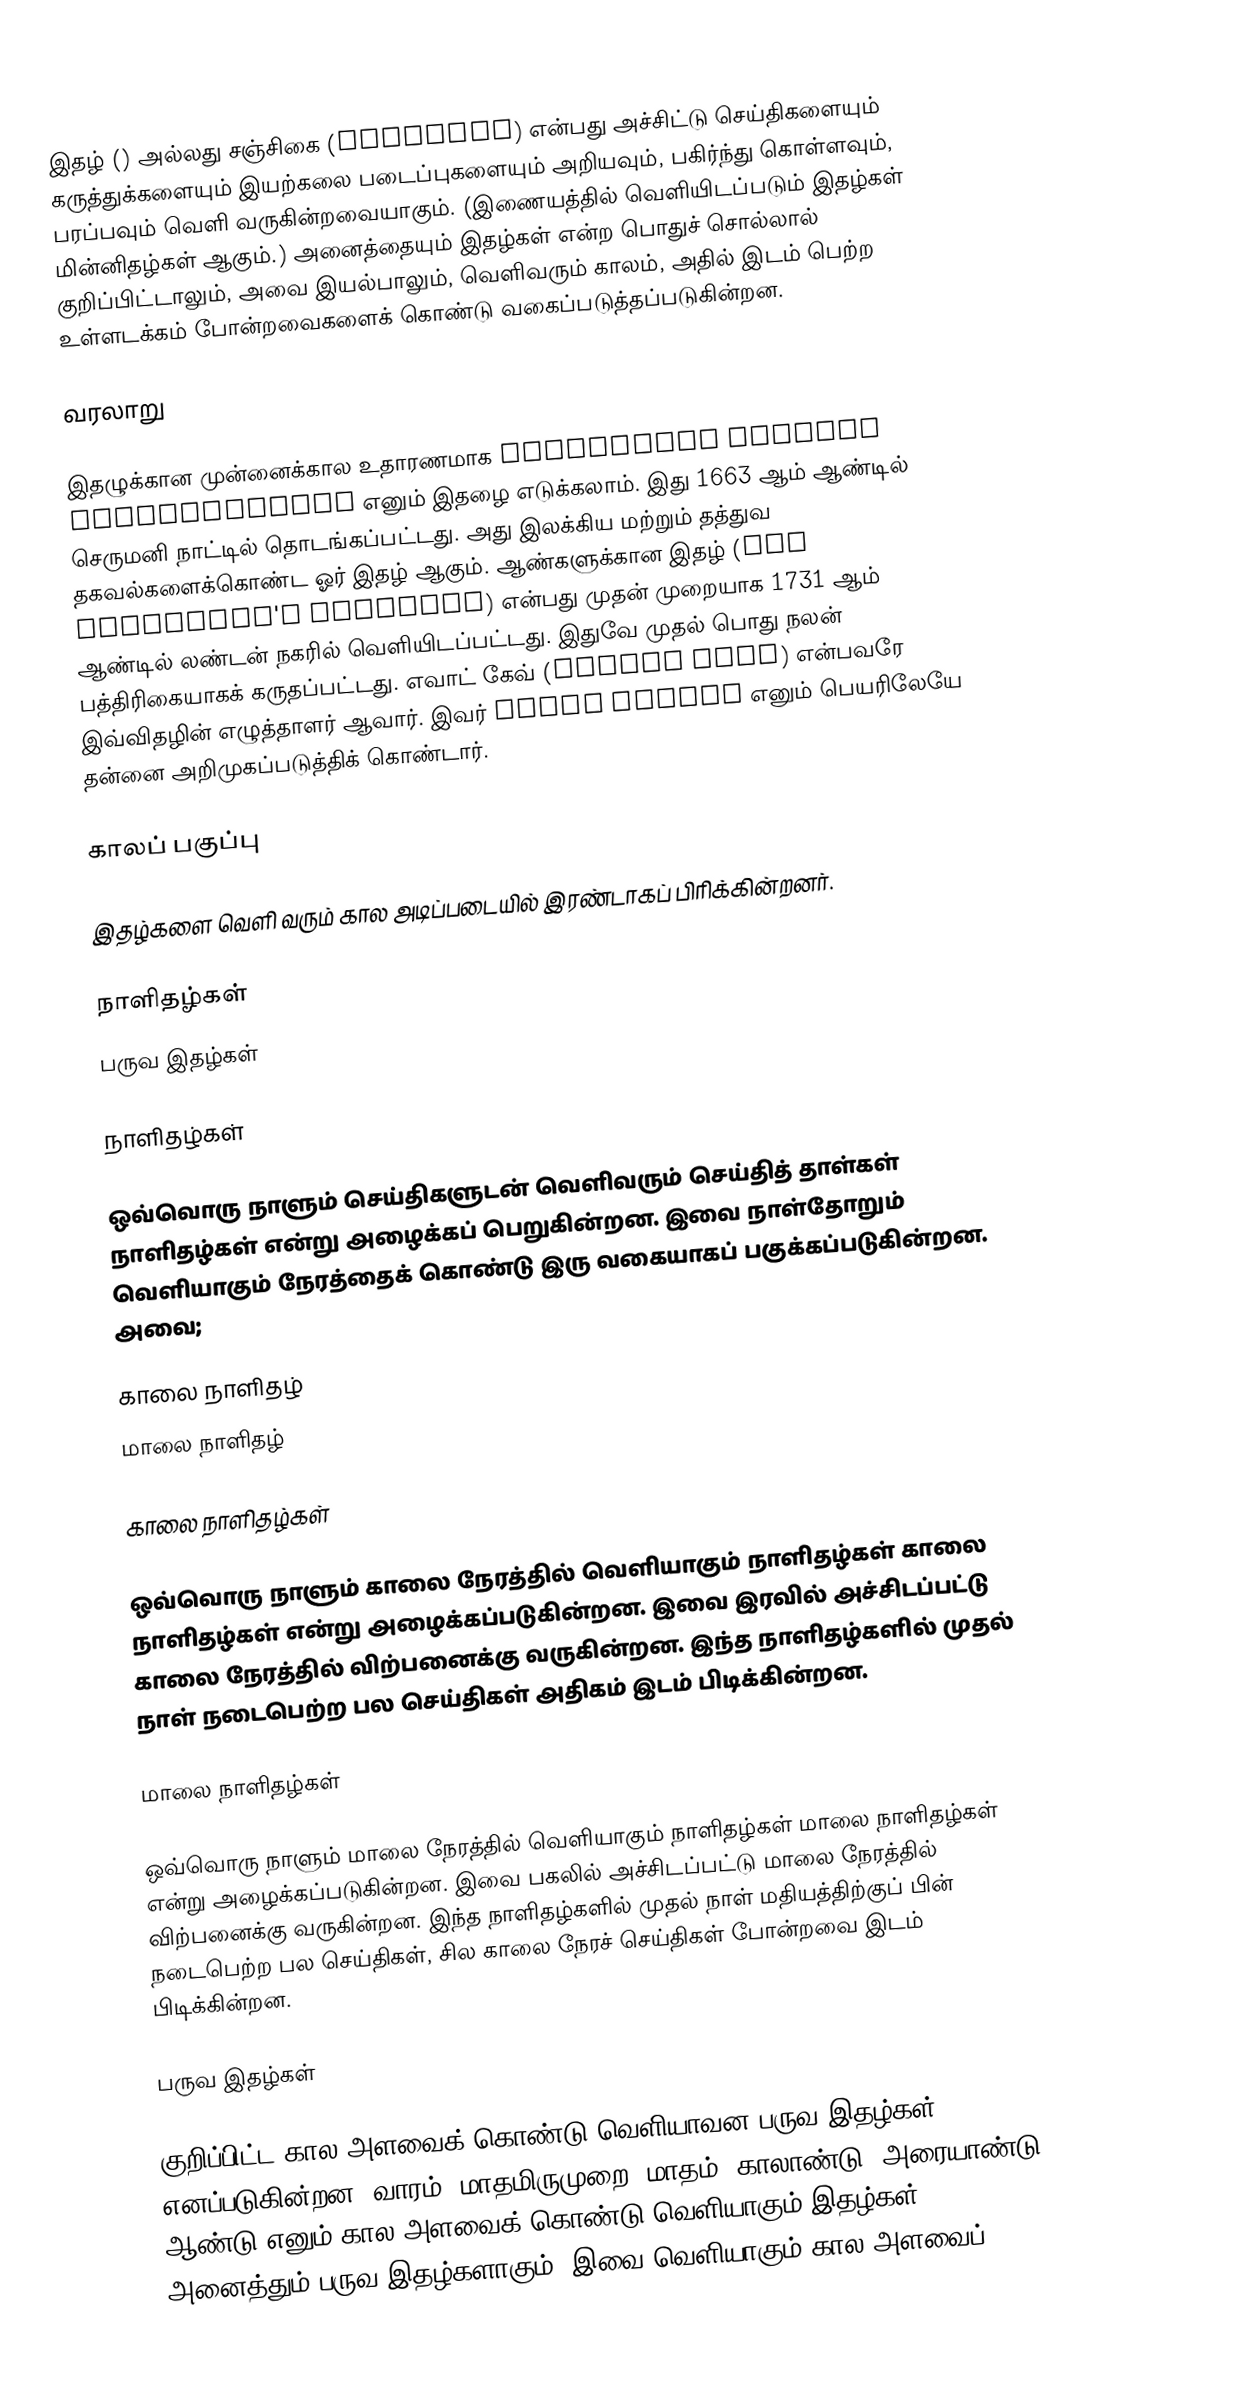
இதழ் () அல்லது சஞ்சிகை (Magazine) என்பது அச்சிட்டு செய்திகளையும் கருத்துக்களையும் இயற்கலை படைப்புகளையும் அறியவும், பகிர்ந்து கொள்ளவும், பரப்பவும் வெளி வருகின்றவையாகும். (இணையத்தில் வெளியிடப்படும் இதழ்கள் மின்னிதழ்கள் ஆகும்.) அனைத்தையும் இதழ்கள் என்ற பொதுச் சொல்லால் குறிப்பிட்டாலும், அவை இயல்பாலும், வெளிவரும் காலம், அதில் இடம் பெற்ற உள்ளடக்கம் போன்றவைகளைக் கொண்டு வகைப்படுத்தப்படுகின்றன.

வரலாறு

இதழுக்கான முன்னைக்கால உதாரணமாக Erbauliche Monaths Unterredungen எனும் இதழை எடுக்கலாம். இது 1663 ஆம் ஆண்டில் செருமனி நாட்டில் தொடங்கப்பட்டது. அது இலக்கிய மற்றும் தத்துவ தகவல்களைக்கொண்ட ஓர் இதழ் ஆகும். ஆண்களுக்கான இதழ் (The Gentleman's Magazine) என்பது முதன் முறையாக 1731 ஆம் ஆண்டில் லண்டன் நகரில் வெளியிடப்பட்டது. இதுவே முதல் பொது நலன் பத்திரிகையாகக் கருதப்பட்டது.  எவாட் கேவ் (Edward Cave) என்பவரே இவ்விதழின் எழுத்தாளர் ஆவார். இவர் Harry Potter எனும் பெயரிலேயே தன்னை அறிமுகப்படுத்திக் கொண்டார்.

காலப் பகுப்பு

இதழ்களை வெளி வரும் கால அடிப்படையில் இரண்டாகப் பிரிக்கின்றனர்.

 நாளிதழ்கள்
 பருவ இதழ்கள்

நாளிதழ்கள்

ஒவ்வொரு நாளும் செய்திகளுடன் வெளிவரும் செய்தித் தாள்கள் நாளிதழ்கள் என்று அழைக்கப் பெறுகின்றன. இவை நாள்தோறும் வெளியாகும் நேரத்தைக் கொண்டு இரு வகையாகப் பகுக்கப்படுகின்றன. அவை;

 காலை நாளிதழ்
 மாலை நாளிதழ்

காலை நாளிதழ்கள்

ஒவ்வொரு நாளும் காலை நேரத்தில் வெளியாகும் நாளிதழ்கள் காலை நாளிதழ்கள் என்று அழைக்கப்படுகின்றன. இவை இரவில் அச்சிடப்பட்டு காலை நேரத்தில் விற்பனைக்கு வருகின்றன. இந்த நாளிதழ்களில் முதல் நாள் நடைபெற்ற பல செய்திகள் அதிகம் இடம் பிடிக்கின்றன.

மாலை நாளிதழ்கள்

ஒவ்வொரு நாளும் மாலை நேரத்தில் வெளியாகும் நாளிதழ்கள் மாலை நாளிதழ்கள் என்று அழைக்கப்படுகின்றன. இவை பகலில் அச்சிடப்பட்டு மாலை நேரத்தில் விற்பனைக்கு வருகின்றன. இந்த நாளிதழ்களில் முதல் நாள் மதியத்திற்குப் பின் நடைபெற்ற பல செய்திகள், சில காலை நேரச் செய்திகள் போன்றவை இடம் பிடிக்கின்றன.

பருவ இதழ்கள்

குறிப்பிட்ட கால அளவைக் கொண்டு வெளியாவன பருவ இதழ்கள் எனப்படுகின்றன. வாரம், மாதமிருமுறை, மாதம், காலாண்டு, அரையாண்டு, ஆண்டு எனும் கால அளவைக் கொண்டு வெளியாகும் இதழ்கள் அனைத்தும் பருவ இதழ்களாகும். இவை வெளியாகும் கால அளவைப்